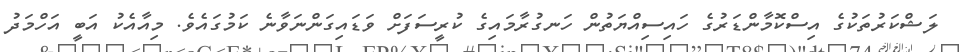
ލަޝްކަރުތަކުގެ އިސްކޮމާންޑަރުގެ ހައިސިއްޔަތުން ހަނގުރާމައިގެ ކުރީސަފަށް ވަޑައިގަންނަވާނެ ކަމުގައެވެ. މިއާއެކު އަބީ އަހްމަދު